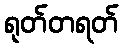
ရုတ်တရတ်